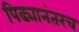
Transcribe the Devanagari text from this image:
पिढ्यानंतरच